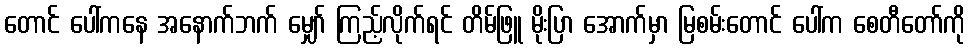
တောင် ပေါ်ကနေ အနောက်ဘက် မျှော် ကြည့်လိုက်ရင် တိမ်ဖြူ မိုးပြာ အောက်မှာ မြစမ်းတောင် ပေါ်က စေတီတော်ကို